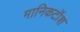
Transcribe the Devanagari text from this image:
मानिकटॉश